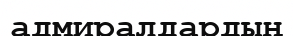
адмиралдардың